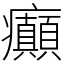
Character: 癲